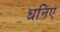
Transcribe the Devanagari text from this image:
धनिए